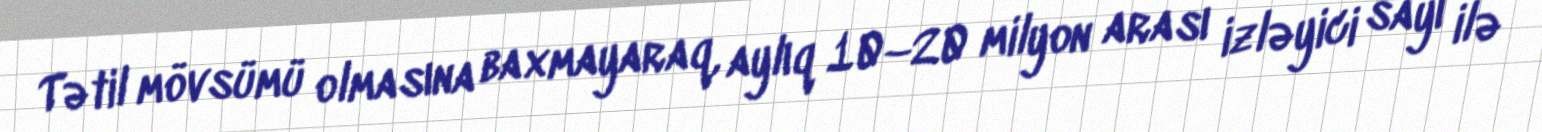
Tətil mövsümü olmasına baxmayaraq, aylıq 10–20 milyon arası izləyici sayı ilə